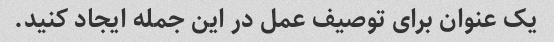
یک عنوان برای توصیف عمل در این جمله ایجاد کنید.